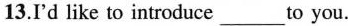
13.I'd like to introduce___to you.